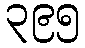
၃၉၅